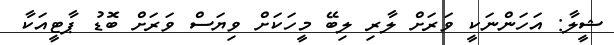
ޝީލާ: އަހަންނަކީ ވަރަށް ލާރި ލިބޭ މީހަކަށް ވިޔަސް ވަރަށް ބޮޑު ޕާޓީއަކާ